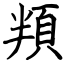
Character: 頖